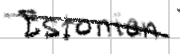
Text: Estonian
Cross-out: diagonal
Writing tool: digital_black